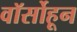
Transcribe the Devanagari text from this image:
वॉर्सोहून